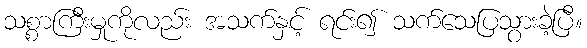
သစ္စာကြီးမှုကိုလည်း အသက်နှင့် ရင်း၍ သက်သေပြသွားခဲ့ပြီ။